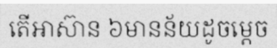
តើអាស៊ាន ៦មានន័យដូចម្តេច